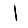
Digit: 1